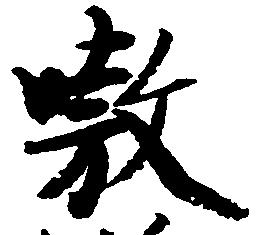
嗷